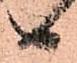
日